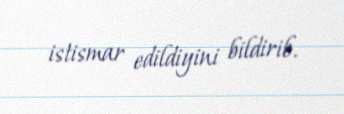
istismar edildiyini bildirib.